Lock hospitals Punjab
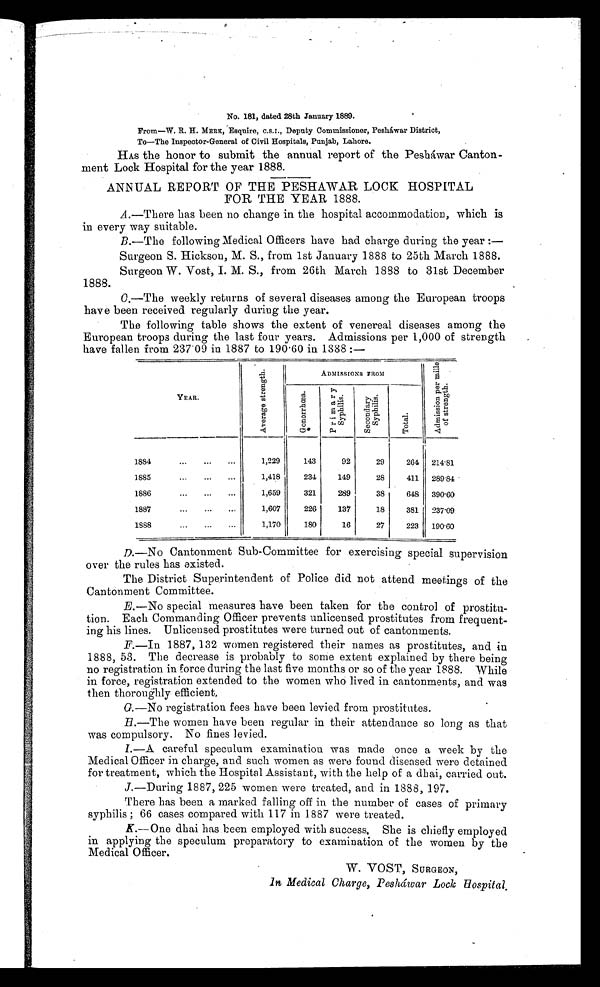
No. 181, dated 28th January 1889.
From—W. R. H. MERK, Esquire, C.S.I., Deputy Commissioner, Peshawar District,
To—The Inspector-General of Civil Hospitals, Punjab, Lahore.
HAS the honor to submit the annual report of the Peshawar Canton-
ment Lock Hospital for the year 1888.
ANNUAL REPORT OF THE PESHAWAR LOCK HOSPITAL
FOR THE YEAR 1888.
A.—There has been no change in the hospital accommodation, which is
in every way suitable.
B.—The following Medical Officers have had charge during the year :—
Surgeon S. Hickson, M. S., from 1st January 1888 to 25th March 1888.
Surgeon W. Vost, I. M. S., from 26th March 1888 to 31st December
1888.
C—The weekly returns of several diseases among the European troops
have been received regularly during the year.
The following table shows the extent of venereal diseases among the
European troops during the last four years. Admissions per 1,000 of strength
have fallen from 237.09 in 1887 to 190.60 in 1888 :—
YEAR.
A v e r a g e s t r e n g t h .
ADMISSIONS FROM
A d m i s s i o n p e r m i l l e o f s t r e n g t h .
G o n o r r h o e a .
P r i m a r y s y p h i l i s .
S e c o n d a r y s y p h i l i s .
T o t a l .
1884
...
...
...
1,229
143
92
29
264 l214.81
1885
...
. . . ...
1,418
234
149
28
411 289.84
1886
...
. . .
. . .
1,659
321
289
38
648 390.60
1887
. . . . . .
. . .
1,607
226
137
18
381
2 3 7 . 0 9
1888
...
...
. . .
1,170
180
16
27
223 190.60
D.—No Cantonment Sub-Committee for exercising special supervision
over the rules has existed.
The District Superintendent of Police did not attend meetings of the
Cantonment Committee.
E.—No special measures have been taken for the control of prostitu-
tion. Each Commanding Officer prevents unlicensed prostitutes from frequent-
ing his lines. Unlicensed prostitutes were turned out of cantonments.
F.—In 1887, 132 women registered their names as prostitutes, and in
1888, 53. The decrease is probably to some extent explained by there being
no registration in force during the last five months or so of the year 1888. While
in force, registration extended to the women who lived in cantonments, and was
then thoroughly efficient,
G.—No registration fees have been levied from prostitutes.
H.—The women have been regular in their attendance so long as that
was compulsory. No fines levied.
I
.—A careful speculum examination was made once a week by the
Medical Officer in charge, and such women as were found diseased were detained
for treatment, which the Hospital Assistant, with the help of a dhai, carried out.
J.—During 1887, 225 women were treated, and in 1888, 197.
There has been a marked falling off in the number of cases of primary
syphilis ; 66 cases compared with 117 in 1887 were treated.
K.—One dhai has been employed with success. She is chiefly employed
in applying the speculum preparatory to examination of the women by the
Medical Officer.
W. VOST, SURGEON,
in Medical Charge, Peshawar Lock Hospital.